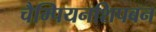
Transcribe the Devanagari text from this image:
चैम्पियनशिपबन